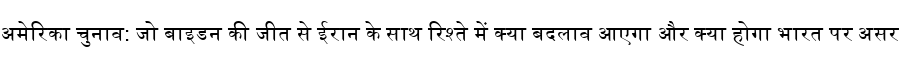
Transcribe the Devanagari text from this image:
अमेरिका चुनाव: जो बाइडन की जीत से ईरान के साथ रिश्ते में क्या बदलाव आएगा और क्या होगा भारत पर असर